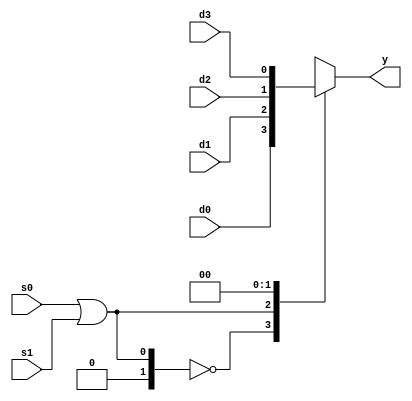
`timescale 1ns/1ps

module mux4 (s0, s1, d0, d1, d2, d3, y);
input s0, s1, d0, d1, d2, d3;
output y;
reg y;

	always @(s0 or s1 or d0 or d1 or d2 or d3)
		case (s0 | s1)
			2'b00: y = d0;
			2'b01: y = d1;
			2'b10: y = d2;
			2'b11: y = d3;
		endcase
endmodule